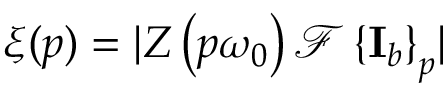
\xi ( p ) = \lvert Z \left( p \omega _ { 0 } \right) \mathcal { F } \left\{ \mathbf { I } _ { b } \right\} _ { p } \rvert